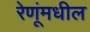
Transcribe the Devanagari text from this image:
रेणूंमधील